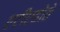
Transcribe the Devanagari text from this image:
एटीएहोते